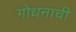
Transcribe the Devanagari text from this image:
गोधनाची